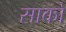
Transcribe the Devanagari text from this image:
साको